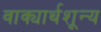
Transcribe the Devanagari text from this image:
वाक्यार्थशून्य